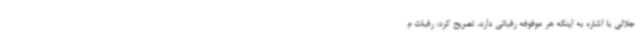
جلالی با اشاره به اینکه هر موقوفه رقباتی دارد، تصریح کرد: رقبات م